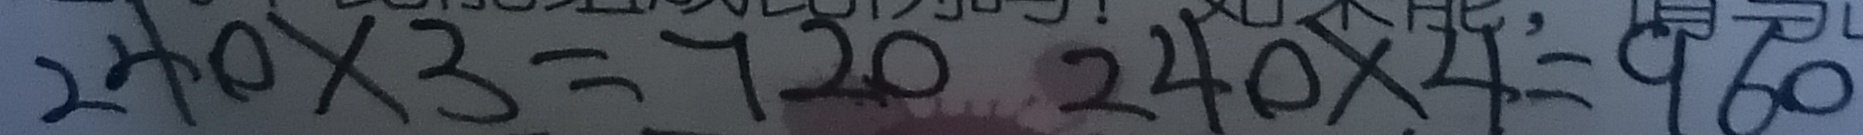
2 4 0 \times 3 = 7 2 0 2 4 0 \times 4 = 9 6 0